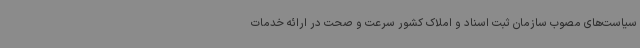
سیاست‌های مصوب سازمان ثبت اسناد و املاک کشور سرعت و صحت در ارائه خدمات